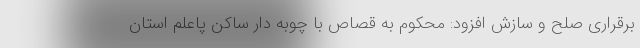
برقراری صلح و سازش افزود: محکوم به قصاص با چوبه دار ساکن پاعلم استان